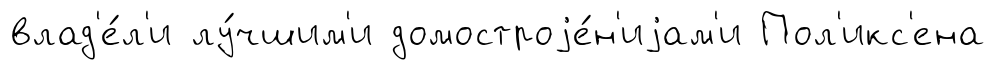
влад'е́л'и лу́чшим'и домостроjе́н'иjам'и Пол'икс'ена